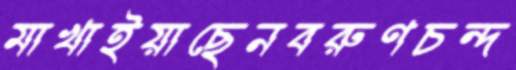
মাখাইয়াছেনবরুণচন্দ